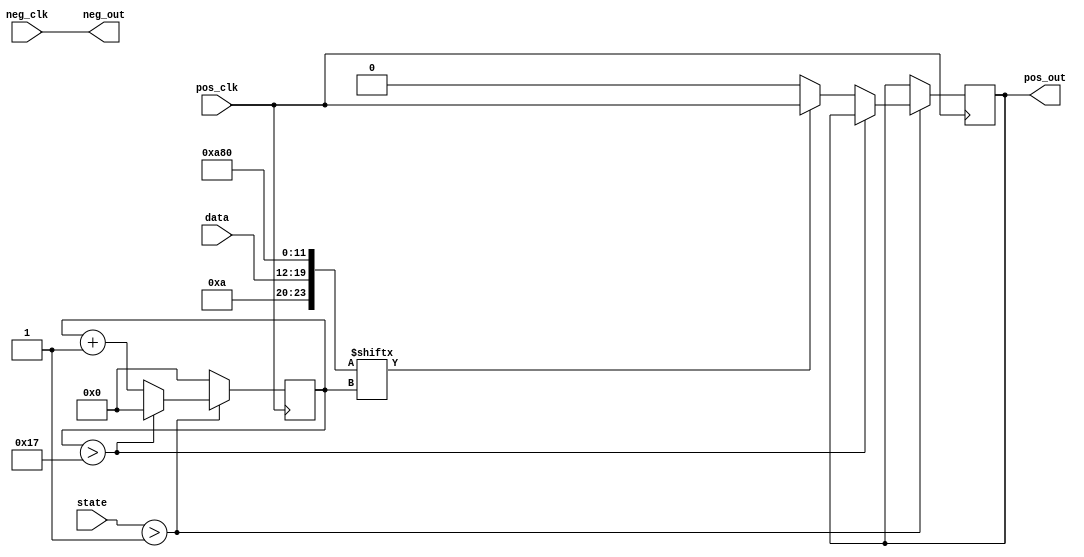
`timescale 1ns / 1ps
//////////////////////////////////////////////////////////////////////////////////
// Company: 
// Engineer: 
// 
// Design Name: 
// Module Name: encoder
// Project Name: 
// Target Devices: 
// Tool Versions: 
// Description: 
// 
// Dependencies: 
// 
// Revision:
// Revision 0.01 - File Created
// Additional Comments:
// 
//////////////////////////////////////////////////////////////////////////////////


module encoder(
    input [2:0] state,
    input pos_clk, 
    input neg_clk,
    input [7:0] data,
    output pos_out,
    output neg_out
    );
    
    reg [5:0] mock_std = 42; // 101010
    reg [5:0] blank = 0;
    reg [5:0] counter = 0;
    wire [23:0] encoded_data = {mock_std, data, mock_std, blank};
    
    reg pos_data_out = 0;
    assign pos_out = pos_data_out;
    assign neg_out = neg_clk;
    
    
    always @ (posedge pos_clk) begin
        if (state > 1) begin
            if (counter > 23) begin
                counter <= 0;
            end else begin
                if (encoded_data[counter] == 1) begin
                    pos_data_out <= pos_clk;
                end else begin
                    pos_data_out <= 0;
                end
                counter <= counter + 1;
            end
        end else begin
            counter <= 0;
        end
    end
    
endmodule